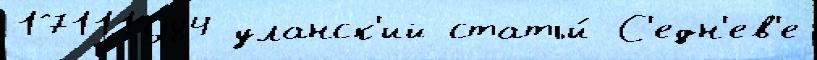
17111984 уланск'ий статьи́ С'едн'ев'е